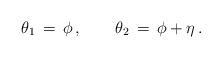
LaTeX: \begin{align*}\theta_1 \,=\, \phi\,,\qquad\theta_2 \,=\, \phi+\eta\,.\end{align*}